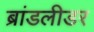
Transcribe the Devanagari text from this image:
ब्रांडलीडर